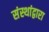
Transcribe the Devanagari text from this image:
संस्थांद्वारा